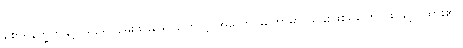
စောရနက္ခတ်နှင့် ယှဉ်၍ မွေးဖွားသောကြောင့် အလောင်းတော်မှာ သူခိုးဖြစ်ရကြောင်း ဖွင့်ပြထား၏။